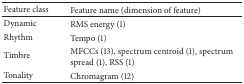
<table><thead><tr><td><b>Feature class</b></td><td><b>Feature name (dimension of feature)</b></td></tr></thead><tbody><tr><td>Dynamic</td><td>RMS energy (1)</td></tr><tr><td>Rhythm</td><td>Tempo (1)</td></tr><tr><td>Timbre</td><td>MFCCs (13), spectrum centroid (1), spectrum spread (1), RSS (1)</td></tr><tr><td>Tonality</td><td>Chromagram (12)</td></tr></tbody></table>